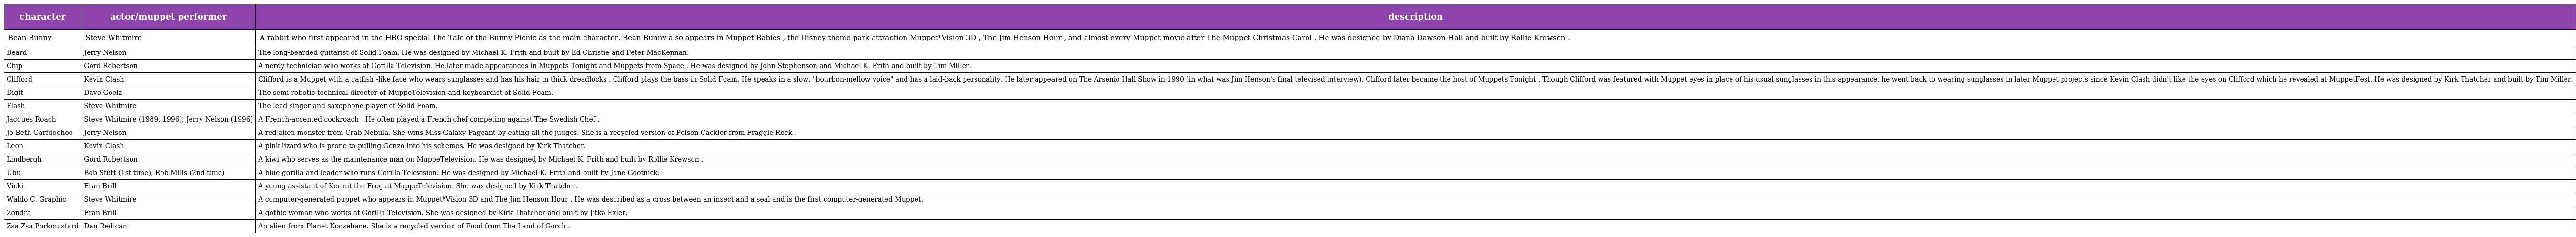
| character | actor/muppet performer | description |
 | --- | --- | --- |
 | Bean Bunny | Steve Whitmire | A rabbit who first appeared in the HBO special The Tale of the Bunny Picnic as the main character. Bean Bunny also appears in Muppet Babies , the Disney theme park attraction Muppet*Vision 3D , The Jim Henson Hour , and almost every Muppet movie after The Muppet Christmas Carol . He was designed by Diana Dawson-Hall and built by Rollie Krewson . |
 | Beard | Jerry Nelson | The long-bearded guitarist of Solid Foam. He was designed by Michael K. Frith and built by Ed Christie and Peter MacKennan. |
 | Chip | Gord Robertson | A nerdy technician who works at Gorilla Television. He later made appearances in Muppets Tonight and Muppets from Space . He was designed by John Stephenson and Michael K. Frith and built by Tim Miller. |
 | Clifford | Kevin Clash | Clifford is a Muppet with a catfish -like face who wears sunglasses and has his hair in thick dreadlocks . Clifford plays the bass in Solid Foam. He speaks in a slow, "bourbon-mellow voice" and has a laid-back personality. He later appeared on The Arsenio Hall Show in 1990 (in what was Jim Henson's final televised interview). Clifford later became the host of Muppets Tonight . Though Clifford was featured with Muppet eyes in place of his usual sunglasses in this appearance, he went back to wearing sunglasses in later Muppet projects since Kevin Clash didn't like the eyes on Clifford which he revealed at MuppetFest. He was designed by Kirk Thatcher and built by Tim Miller. |
 | Digit | Dave Goelz | The semi-robotic technical director of MuppeTelevision and keyboardist of Solid Foam. |
 | Flash | Steve Whitmire | The lead singer and saxophone player of Solid Foam. |
 | Jacques Roach | Steve Whitmire (1989, 1996), Jerry Nelson (1996) | A French-accented cockroach . He often played a French chef competing against The Swedish Chef . |
 | Jo Beth Garfdoohoo | Jerry Nelson | A red alien monster from Crab Nebula. She wins Miss Galaxy Pageant by eating all the judges. She is a recycled version of Poison Cackler from Fraggle Rock . |
 | Leon | Kevin Clash | A pink lizard who is prone to pulling Gonzo into his schemes. He was designed by Kirk Thatcher. |
 | Lindbergh | Gord Robertson | A kiwi who serves as the maintenance man on MuppeTelevision. He was designed by Michael K. Frith and built by Rollie Krewson . |
 | Ubu | Bob Stutt (1st time), Rob Mills (2nd time) | A blue gorilla and leader who runs Gorilla Television. He was designed by Michael K. Frith and built by Jane Gootnick. |
 | Vicki | Fran Brill | A young assistant of Kermit the Frog at MuppeTelevision. She was designed by Kirk Thatcher. |
 | Waldo C. Graphic | Steve Whitmire | A computer-generated puppet who appears in Muppet*Vision 3D and The Jim Henson Hour . He was described as a cross between an insect and a seal and is the first computer-generated Muppet. |
 | Zondra | Fran Brill | A gothic woman who works at Gorilla Television. She was designed by Kirk Thatcher and built by Jitka Exler. |
 | Zsa Zsa Porkmustard | Dan Redican | An alien from Planet Koozebane. She is a recycled version of Food from The Land of Gorch . |